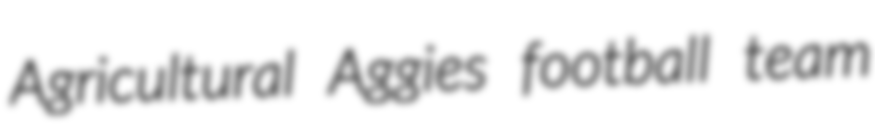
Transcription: Agricultural Aggies football team